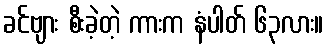
ခင်ဗျား စီးခဲ့တဲ့ ကားက နံပါတ် ၆၃လား။